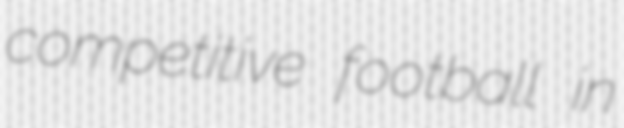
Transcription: competitive football in